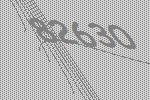
82630